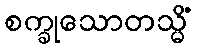
စက္ခုသောတသ္မိံ